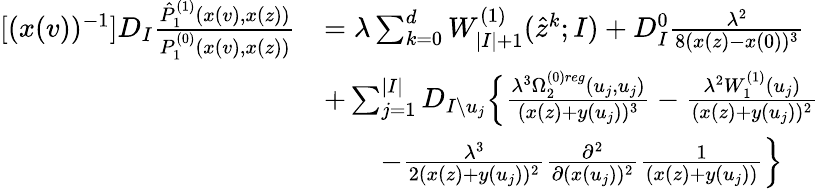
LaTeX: \begin{array}{rl}{[(x(v))^{-1}]D_{I}\frac{\hat{P}_{1}^{(1)}(x(v),x(z))}{P_{1}^{(0)}(x(v),x(z))}}&{=\lambda\sum_{k=0}^{d}W_{|I|+1}^{(1)}(\hat{z}^{k};I)+D_{I}^{0}\frac{\lambda^{2}}{8(x(z)-x(0))^{3}}}\\ &{+\sum_{j=1}^{|I|}D_{I\setminus u_{j}}\Big\{ \frac{\lambda^{3}\Omega_{2}^{(0)reg}(u_{j},u_{j})}{(x(z)+y(u_{j}))^{3}}-\frac{\lambda^{2}W_{1}^{(1)}(u_{j})}{(x(z)+y(u_{j}))^{2}}}\\ &{\qquad-\frac{\lambda^{3}}{2(x(z)+y(u_{j}))^{2}}\frac{\partial^{2}}{\partial(x(u_{j}))^{2}}\frac{1}{(x(z)+y(u_{j}))}\Big\} }\end{array}